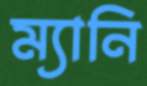
ম্যানি